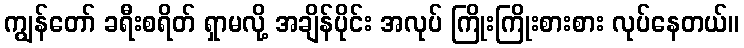
ကျွန်တော် ခရီးစရိတ် ရှာမလို့ အချိန်ပိုင်း အလုပ် ကြိုးကြိုးစားစား လုပ်နေတယ်။